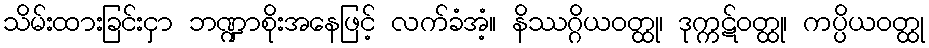
သိမ်းထားခြင်းငှာ ဘဏ္ဍာစိုးအနေဖြင့် လက်ခံအံ့။ နိဿဂ္ဂိယဝတ္ထု၊ ဒုက္ကဋ်ဝတ္ထု၊ ကပ္ပိယဝတ္ထု